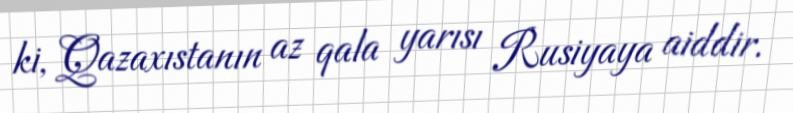
ki, Qazaxıstanın az qala yarısı Rusiyaya aiddir.